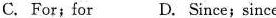
C. For; for D. Since; since